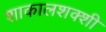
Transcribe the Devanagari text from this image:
शाकालशक्शी